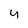
Character: u